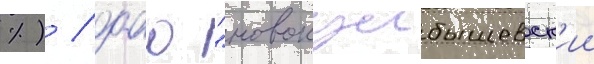
%) / оао "новокуибышевск'ии